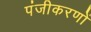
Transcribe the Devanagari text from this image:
पंजीकरणों